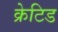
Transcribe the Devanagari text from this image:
क्रेटिड